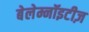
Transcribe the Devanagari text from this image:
बेलेम्नॉइटीज़